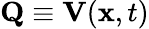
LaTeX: {\mathbf Q}\equiv{\mathbf V}({\mathbf x},t)